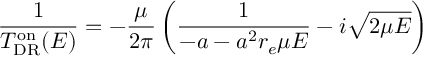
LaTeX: \frac { 1 } { T _ { \mathrm { D R } } ^ { \mathrm { o n } } ( E ) } = - \frac { \mu } { 2 \pi } \left( \frac { 1 } { - a - a ^ { 2 } r _ { e } \mu E } - i \sqrt { 2 \mu E } \right)